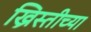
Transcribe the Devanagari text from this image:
ख्रिस्तीच्या